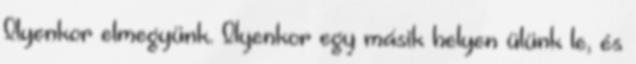
Ilyenkor elmegyünk. Ilyenkor egy másik helyen ülünk le, és